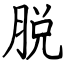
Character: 脱